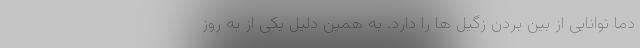
دما توانایی از بین بردن زگیل ها را دارد. به همین دلیل یکی از به روز